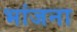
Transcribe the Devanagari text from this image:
भांजना